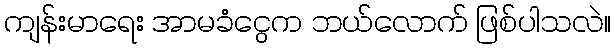
ကျန်းမာရေး အာမခံငွေက ဘယ်လောက် ဖြစ်ပါသလဲ။